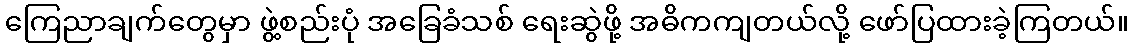
ကြေညာချက်တွေမှာ ဖွဲ့စည်းပုံ အခြေခံသစ် ရေးဆွဲဖို့ အဓိကကျတယ်လို့ ဖော်ပြထားခဲ့ကြတယ်။